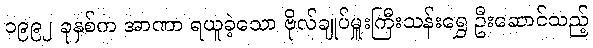
၁၉၉၂ ခုနှစ်က အာဏာ ရယူခဲ့သော ဗိုလ်ချုပ်မှူးကြီးသန်းရွှေ ဦးဆောင်သည့်